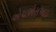
એચએસઆઇ